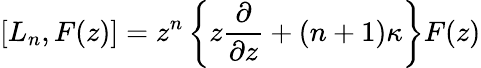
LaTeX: [L_{n},F(z)]=z^{n}\left\{ z\frac{\partial}{\partial z}+(n+1)\kappa\right\} F(z)